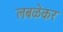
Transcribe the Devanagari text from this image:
लबळेकर